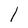
Character: l